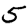
Digit: 5